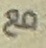
مع